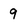
Character: 9